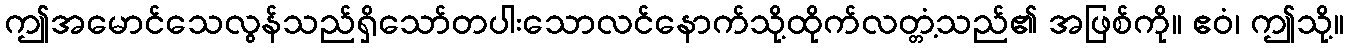
ဤအမောင်သေလွန်သည်ရှိသော်တပါးသောလင်နောက်သို့ထိုက်လတ္တံ့သည်၏ အဖြစ်ကို။ ဧဝံ၊ ဤသို့။